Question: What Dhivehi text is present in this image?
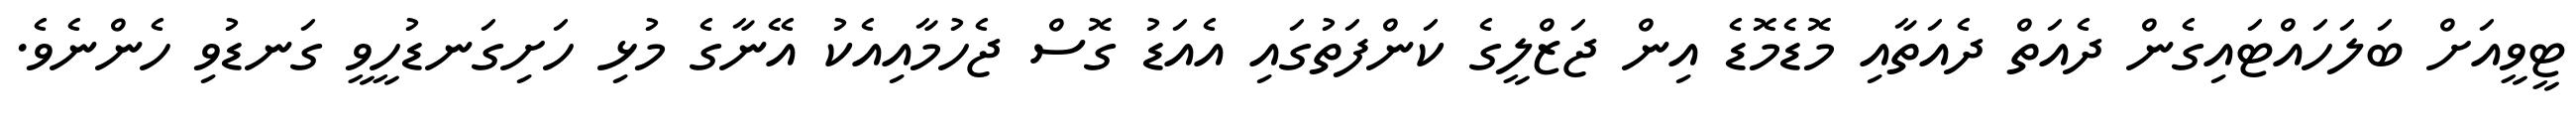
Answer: ޓީވީއަށް ބަލަހައްޓައިގެން ދެއަތް ދެއަތާއި މޮޑެމޮޑެ އިން ޖަޒްލީގެ ކަންފަތުގައި އެއަޑު ގޮސް ޖެހުމާއިއެކު އޭނާގެ މުޅި ހަށިގަނޑުހީވީ ގަނޑުވި ހެންނެވެ.